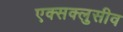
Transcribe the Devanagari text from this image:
एक्सक्लुसीव